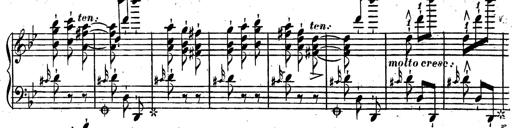
Title: Rondeau fantastique sur un thÃ¨me espagnol
Composer: Franz Liszt